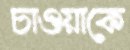
চাওয়াকে